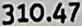
310.47